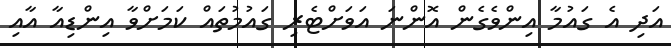
އަދި އެ ގައުމާ އިންވެގެން އޮންނަ އަވަށްޓެރި ގައުމުތައް ކަމަށްވާ އިންޑިއާ އާއި